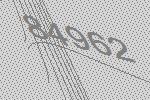
84962